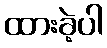
ထားခဲ့ပါ